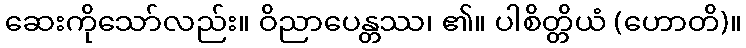
ဆေးကိုသော်လည်း။ ဝိညာပေန္တဿ၊ ၏။ ပါစိတ္တိယံ (ဟောတိ)။